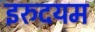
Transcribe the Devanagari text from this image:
इरुदयम